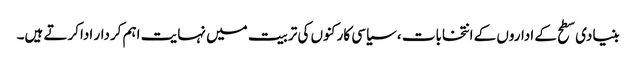
بنیادی سطح کے اداروں کے انتخابات ،سیاسی کارکنوں کی تربیت میں نہایت اہم کردار اداکرتے ہیں۔